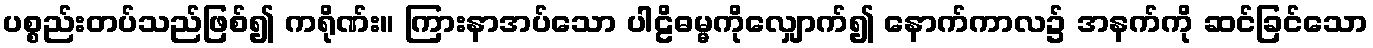
ပစ္စည်းတပ်သည်ဖြစ်၍ ကရိုဏ်း။ ကြားနာအပ်သော ပါဠိဓမ္မကိုလျှောက်၍ နောက်ကာလ၌ အနက်ကို ဆင်ခြင်သော